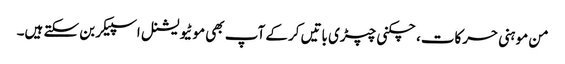
من موہنی حرکات، چکنی چپڑی باتیں کرکے آپ بھی موٹیویشنل اسپیکر بن سکتے ہیں۔